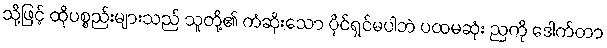
သို့ဖြင့် ထိုပစ္စည်းများသည် သူတို့၏ ကံဆိုးသော ပိုင်ရှင်မပါဘဲ ပထမဆုံး ညကို ဒေါက်တာ